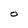
Character: O